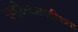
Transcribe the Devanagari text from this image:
एव्हरेस्टसाठीच्या